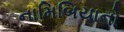
નામિબિયાનો